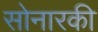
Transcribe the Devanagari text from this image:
सोनारकी